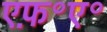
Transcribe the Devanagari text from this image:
एफ़॰ए॰